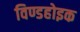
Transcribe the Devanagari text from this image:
विण्डहोइक